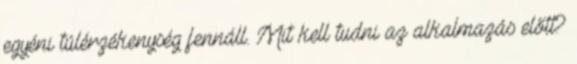
egyéni túlérzékenység fennáll. Mit kell tudni az alkalmazás előtt?